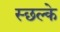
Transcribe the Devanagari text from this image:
स्छल्के